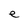
Character: e